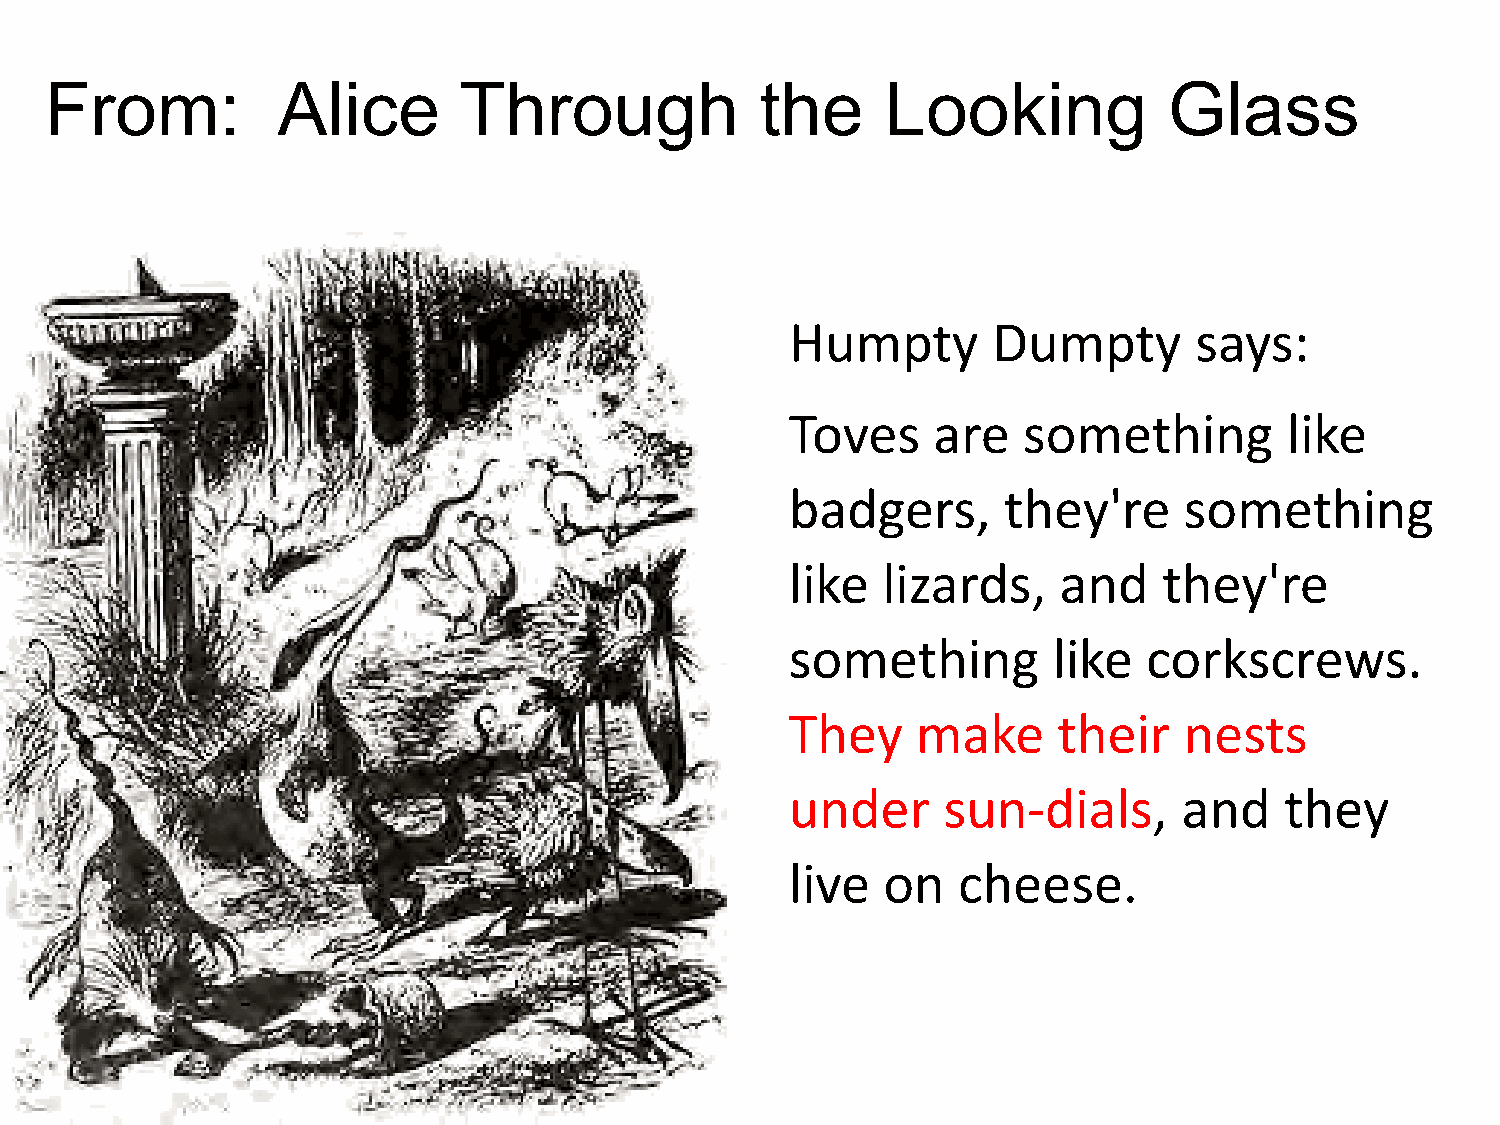
From:          Alice       Through             the      Looking           Glass
 Humpty        Dumpty       says:
 Toves     are   something        like
 badgers,      they're     something
 like  lizards,    and    they're
 something         like  corkscrews.
 They     make     their   nests
 under     sun-dials,      and    they
 live  on   cheese.